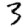
Digit: 3